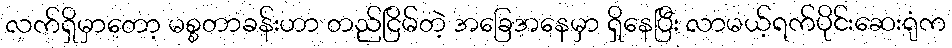
လက်ရှိမှာတော့ မစ္စတာခန်းဟာ တည်ငြိမ်တဲ့ အခြေအနေမှာ ရှိနေပြီး လာမယ့်ရက်ပိုင်းဆေးရုံက